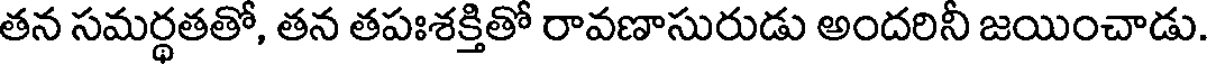
తన సమర్థతతో, తన తపఃశక్తితో రావణాసురుడు అందరినీ జయించాడు.